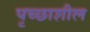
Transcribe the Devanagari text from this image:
पृच्छाशील